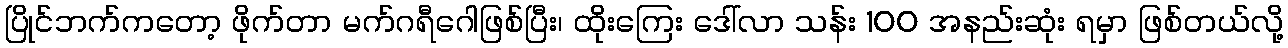
ပြိုင်ဘက်ကတော့ ဖိုက်တာ မက်ဂရီဂေါဖြစ်ပြီး၊ ထိုးကြေး ဒေါ်လာ သန်း 100 အနည်းဆုံး ရမှာ ဖြစ်တယ်လို့